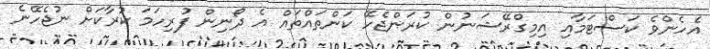
އެހެންވެ ކަސްޓަމާއި އިމިގްރޭޝަނުން ކުރަންޖެހޭ ކަންތައްތައް އެ ދޯނިން ފުރިހަމަ ކުރާކަށް ނުޖެހޭނެ